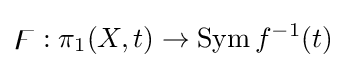
\digamma :\pi _{1}(X,t)\rightarrow \mathrm {Sym} \,f^{-1}(t)